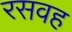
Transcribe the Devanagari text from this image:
रसवह